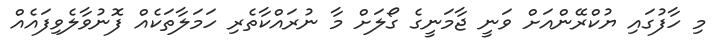
މި ހާފުގައި ޔުކްރޭންއަށް ވަނީ ޖާމަނީގެ ގޯލަށް މާ ނުރައްކާތެރި ހަމަލާތަކެއް ފޮނުވާލެވިފައެއް